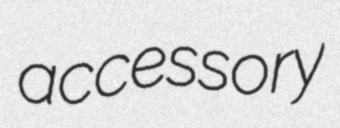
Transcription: accessory